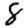
Digit: 8